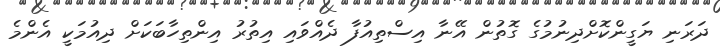
ދަރަނި ޔަގީންކޮށްދިނުމުގެ ގޮތުން އޭނާ އިސްތިއުފާ ދެއްވައި އިތުރު އިންތިހާބަކަށް ދިއުމަކީ އެންމެ